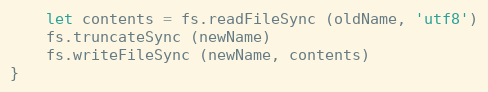
Language: JavaScript
    let contents = fs.readFileSync (oldName, 'utf8')
    fs.truncateSync (newName)
    fs.writeFileSync (newName, contents)
}